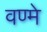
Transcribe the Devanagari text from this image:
वण्मे